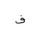
Letter: _fa